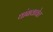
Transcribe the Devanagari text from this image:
थांबवावेत